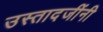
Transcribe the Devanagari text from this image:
उस्तादजींनी